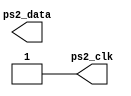
`timescale 1ns / 1ps
module ps2_keyboard_model(
	output reg ps2_clk,
	output reg ps2_data
);
	parameter [31:0] kbd_clk_period = 60;
	initial ps2_clk = 1'b1;

	task kbd_sendcode;
		input [7:0] code; // key to be sent
		integer i;
 
		reg[10:0] send_buffer;
		begin
			send_buffer[0] = 1'b0; // start bit
			send_buffer[8:1] = code; // code
			send_buffer[9] = ~(^code); // odd parity bit
			send_buffer[10] = 1'b1; // stop bit
			i = 0;
			while( i < 11) begin
				// set kbd_data
				ps2_data = send_buffer[i];
				#(kbd_clk_period/2) ps2_clk = 1'b0;
				#(kbd_clk_period/2) ps2_clk = 1'b1;
				i = i + 1;
			end
		end
	endtask
endmodule